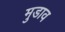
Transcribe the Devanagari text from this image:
मुडाव